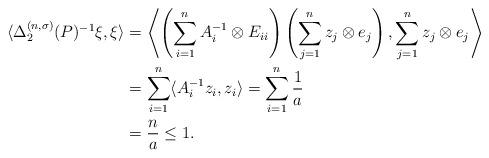
LaTeX: \begin{align*}\langle\Delta^{(n,\sigma)}_{2}(P)^{-1}\xi, \xi\rangle&=\left\langle\left(\sum_{i=1}^{n}A_{i}^{-1}\otimes E_{ii}\right)\left(\sum_{j=1}^{n}z_{j}\otimes e_{j}\right),\sum_{j=1}^{n}z_{j}\otimes e_{j}\right\rangle\\&=\sum_{i=1}^{n}\langle A_{i}^{-1}z_i, z_i\rangle=\sum_{i=1}^{n}\frac{1}{a}\\&=\frac{n}{a}\leq 1.\end{align*}